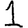
Digit: 1